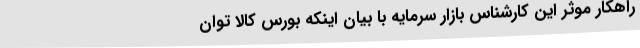
راهکار موثر این کارشناس بازار سرمایه با بیان اینکه بورس کالا توان